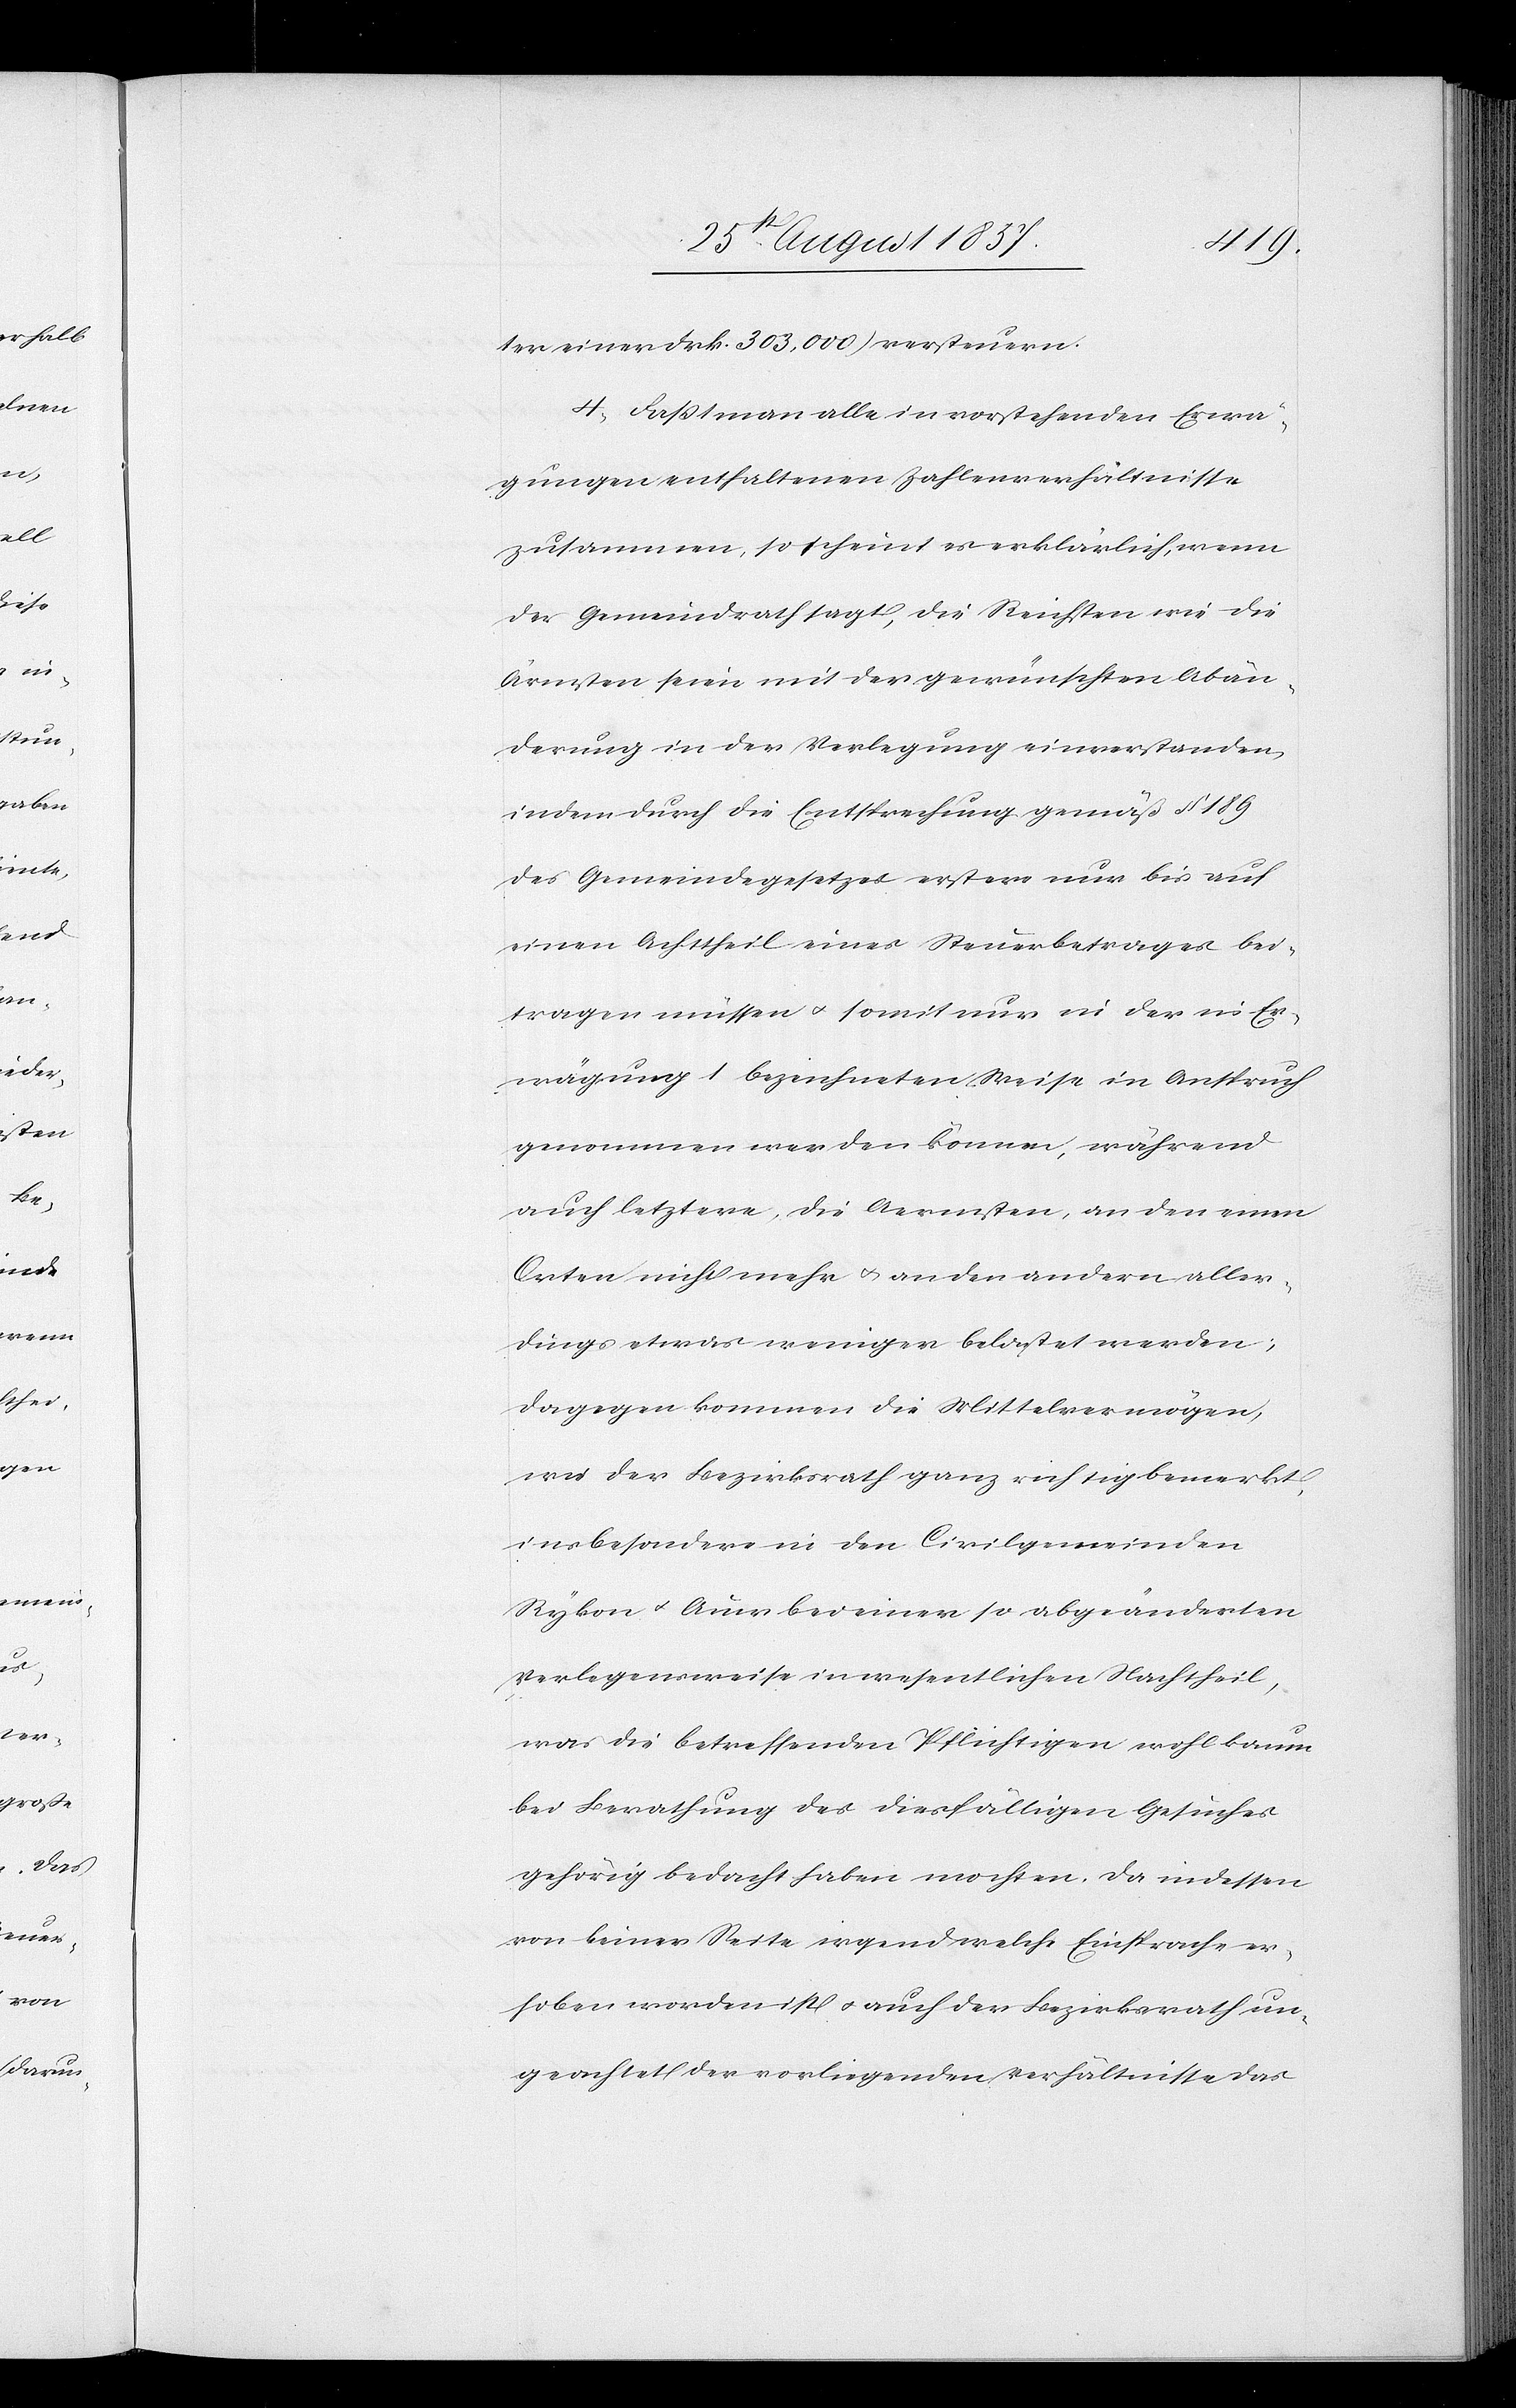
ter einer Frk. 303,000) versteuern.
4, Faßt man alle in vorstehenden Erwä¬
gungen enthaltenen Zahlenverhältnisse
zusammen, so scheint erklärlich, wenn
der Gemeindrath sagt, die Reichsten wie die
Ärmsten seien mit der gewünschten Abän¬
derung in der Verlegung einverstanden,
indem durch die Entsprechung gemäß § 189
des Gemeindegesetzes erstere nur bis auf
einen Achttheil eines Steuerbetrages bei¬
tragen müssen & somit nur in der in Er¬
wägung 1 bezeichneten Weise in Anspruch
genommen werden können, während
auch letztere, die Aermsten, in den einen
Orten nicht mehr & an den andern aller¬
dings etwas weniger belastet werden;
dagegen kommen die Mittelvermögen,
wie der Bezirksrath ganz richtig bemerkt,
insbesondere in den Civilgemeinden
Rykon & Auer bei einer so abgeänderten
Verlegensweise in wesentlichen Nachtheil,
was die betreffenden Pflichtigen wohl kaum
bei Berathung des diesfäligen Gesuches
gehörig bedacht haben möchten. Da indessen
von keiner Seite irgendwelche Einsprache er¬
hoben worden ist & auch der Bezirksrath un¬
geachtet der vorliegenden Verhältnisse das